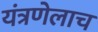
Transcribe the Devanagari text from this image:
यंत्रणेलाच